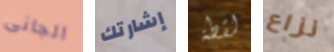
الجانى إشارتك لقطة نزاع